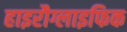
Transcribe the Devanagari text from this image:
हाइरौग्लाइफिक